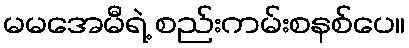
မမအေမီရဲ့ စည်းကမ်းစနစ်ပေ။